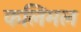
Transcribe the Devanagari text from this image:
कलिमल